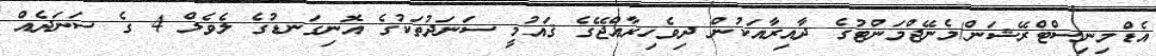
އެޑްމިނިސްޓްރޭޝަން/މެނޭޖްމަންޓުގެ ދާއިރާއަކުން ދިވެހިރާއްޖޭގެ ޤައުމީ ސަނަދުތަކުގެ އޮނިގަނޑުގެ ލެވެލް 4 ގެ ސަނަދެއް